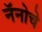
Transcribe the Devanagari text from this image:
नॅनोचे